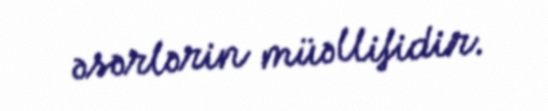
əsərlərin müəllifidir.